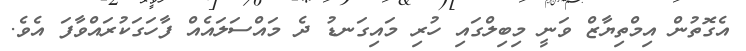
އެގޮތުން އިމްތިޔާޒް ވަނީ މިބިލްގައި ހުރި މައިގަނޑު ދެ މައްސަލައެއް ފާހަގަކުރައްވާފަ އެވެ.